Civil Veterinary Dept. North-West Frontier Province 1901-22 - 1901-1922
Year: 1901
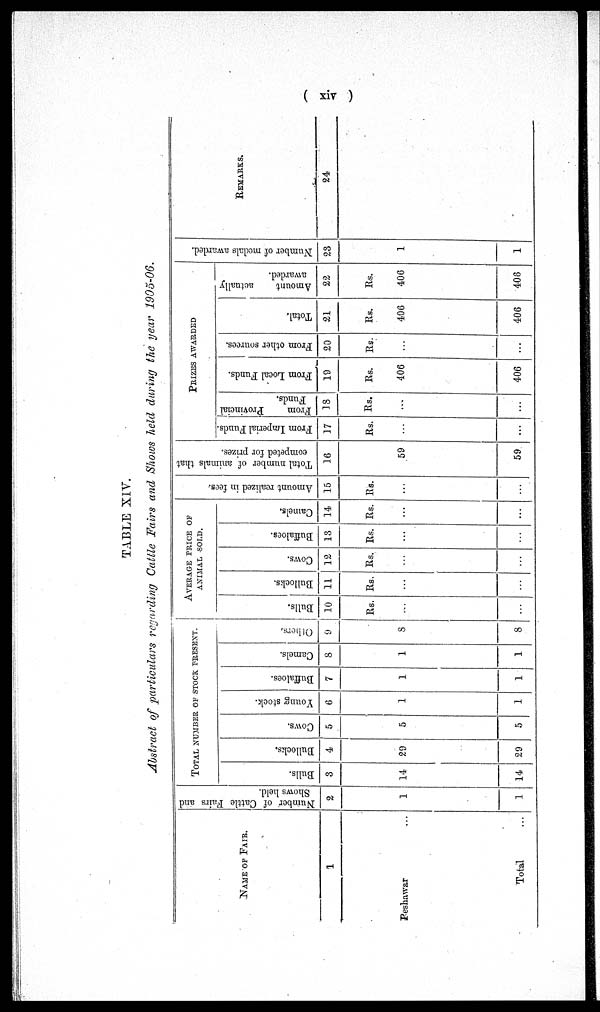
( xiv )
TABLE XIV.
Abstract of particulars regarding Cattle Fairs and Shows held during the year 1905-06.
NAME
OF
FAIR.
1
Peshawar ...
Total
Number of Cattle Fairs and
Shows held.
2
1
1
TOTAL NUMBER OF STOCK PRESENT.
Bulls.
3
14
14
Bullocks.
4
29
29
Cows.
5
5
5
Young stock.
6
1
1
Buffaloes.
7
1
1
Camels.
8
1
1
Others.
9
8
8
AVERAGE PRICE OF
ANIMAL SOLD.
Bulls.
10
Rs.
...
...
Bullocks.
11
Rs.
...
...
Cows.
12
Rs.
...
...
Buffaloes.
13
Rs.
...
...
Camels.
14
Rs.
...
...
Amount realized in fees.
15
Rs.
...
...
Total number of animals that
competed for prizes.
16
59
59
PRIZES AWARDED
From Imperial Funds.
17
Rs.
...
...
From
Provincial
Funds.
18
Rs.
...
...
From Local Funds.
19
Rs.
406
406
From other sources.
20
Rs.
...
...
Total,
21
Rs.
406
406
Amount
actually
awarded.
22
Rs.
406
408
Nu mb e r of medals awarded.
23
1
1
REMARKS.
24